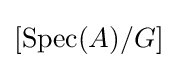
[{\text{Spec}}(A)/G]